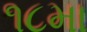
૧૮મા